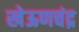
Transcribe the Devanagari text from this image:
खेऊणचंद्र